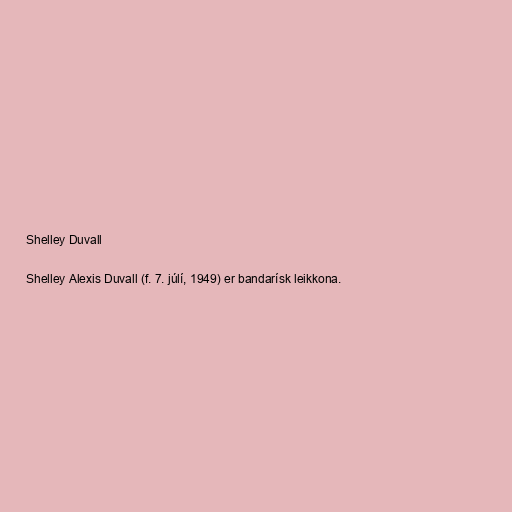
Shelley Duvall

Shelley Alexis Duvall (f. 7. júlí, 1949) er bandarísk leikkona.